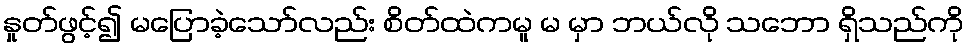
နှုတ်ဖွင့်၍ မပြောခဲ့သော်လည်း စိတ်ထဲကမူ မ မှာ ဘယ်လို သဘော ရှိသည်ကို